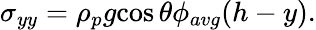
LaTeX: \sigma_{yy}=\rho_{p}{g}{\cos\theta}\phi_{avg}(h-y).